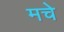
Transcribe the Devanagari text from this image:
मचे